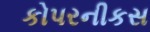
કોપરનીકસ